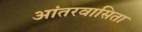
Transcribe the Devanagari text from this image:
आंतरवासिता